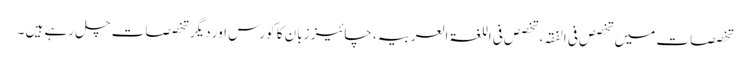
تخصصات میں تخصص فی الفقہ، تخصص فی اللغۃ العربیہ، چائیز زبان کا کورس اور دیگر تخصصات چل رہے ہیں ۔